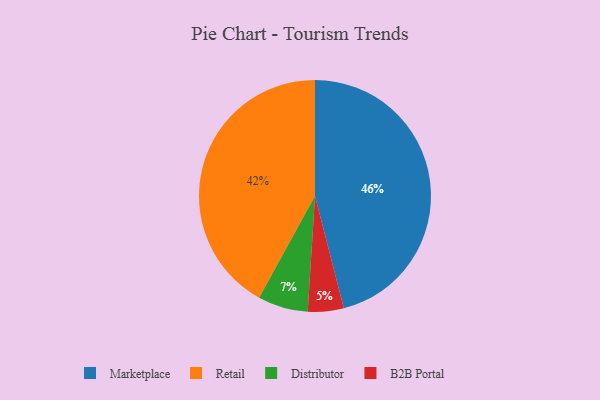
{"axis": {"x": "Category", "y": "Percentage"}, "legend": ["B2B Portal", "Distributor", "Marketplace", "Retail"], "data": [{"x": "Distributor", "y": 7, "type": "Distributor"}, {"x": "B2B Portal", "y": 5, "type": "B2B Portal"}, {"x": "Retail", "y": 42, "type": "Retail"}, {"x": "Marketplace", "y": 46, "type": "Marketplace"}]}